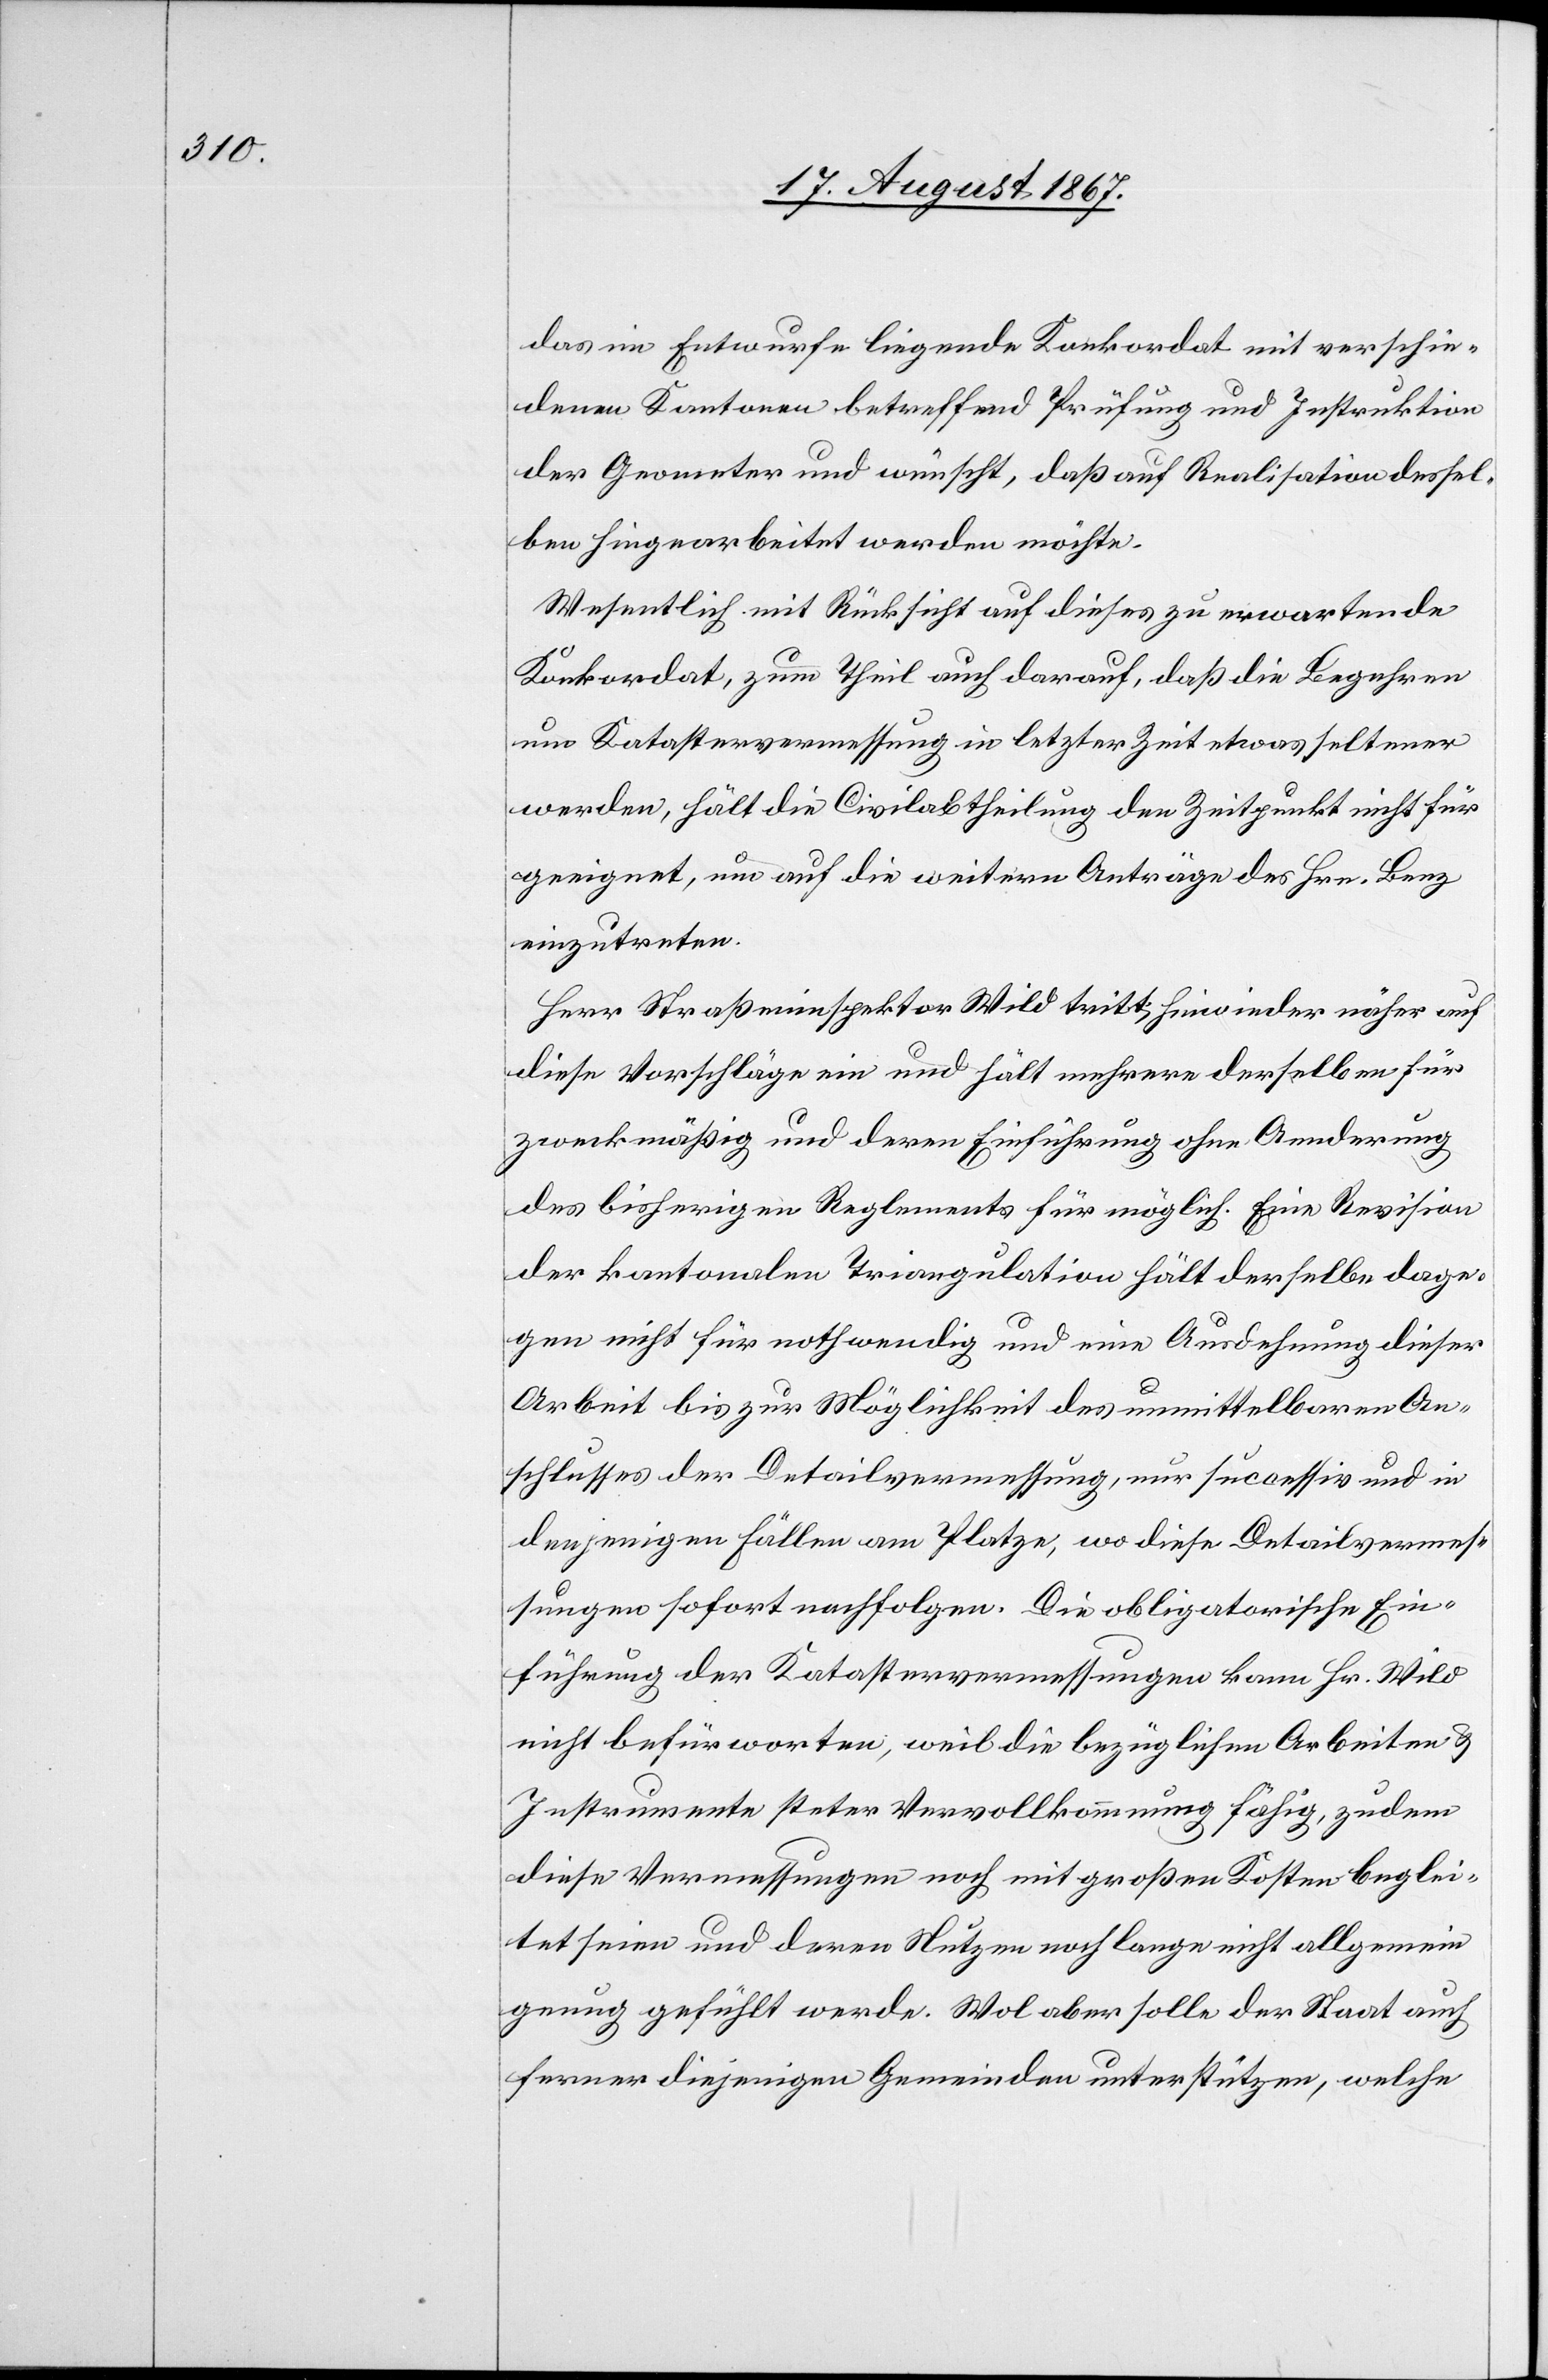
das im Entwurfe liegende Konkordat mit verschie¬
denen Kantonen betreffend Prüfung und Instruktion
der Geometer und wünscht, daß auf Realisation dessel¬
ben hingearbeitet werden möchte.
Wesentlich mit Rücksicht auf dieses zu erwartende
Konkordat, zum Theil auch darauf, daß die Begehren
um Katastervermessung in letzter Zeit etwas seltener
werden, hält die Civilabtheilung den Zeitpunkt nicht für
geeignet, um auf die weitern Anträge des Hrn. Benz
einzutreten.
Herr Straßeninspektor Wild tritt hinwieder näher auf
diese Vorschläge ein und hält mehrere derselben für
zweckmäßig und deren Einführung ohne Aenderung
des bisherigen Reglements für möglich. Eine Revision
der kantonalen Triangulation hält derselbe dage¬
gen nicht für nothwendig und eine Ausdehnung dieser
Arbeit bis zur Möglichkeit des unmittelbaren An¬
schlusses der Detailvermessung, nur successiv und in
denjenigen Fällen am Platze, wo diese Detailvermes¬
sungen sofort nachfolgen. Die obligatorische Ein¬
führung der Katastervermessungen kann Hr. Wild
nicht befürworten, weil die bezüglichen Arbeiten u.
Instrumente steter Vervollkommnung fähig, zudem
diese Vermessungen noch mit großen Kosten beglei¬
tet seien und deren Nutzen noch lange nicht allgemein
genug gefühlt werde. Wol aber solle der Staat auch
ferner diejenigen Gemeinden unterstützen, welche